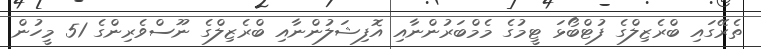
ތެރޭގައި ބްރެޒިލްގެ ފުޓްބޯޅަ ޓީމުގެ މެމްބަރުންނާއި އޮފިޝަލުންނާއި ބްރެޒިލްގެ ނޫސްވެރިންގެ 51 މީހުން